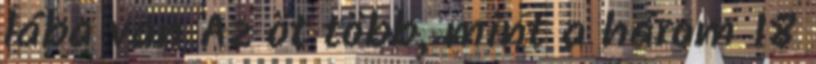
lába van Az öt több, mint a három 18